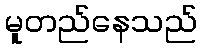
မူတည်နေသည်